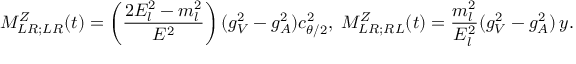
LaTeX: M _ { L R ; L R } ^ { Z } ( t ) = \left( \frac { 2 E _ { l } ^ { 2 } - m _ { l } ^ { 2 } } { E ^ { 2 } } \right) ( g _ { V } ^ { 2 } - g _ { A } ^ { 2 } ) c _ { \theta / 2 } ^ { 2 } , \; M _ { L R ; R L } ^ { Z } ( t ) = \frac { m _ { l } ^ { 2 } } { E _ { l } ^ { 2 } } ( g _ { V } ^ { 2 } - g _ { A } ^ { 2 } ) \, y .